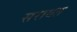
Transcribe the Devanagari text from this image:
सरायत